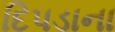
દિપડાના